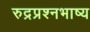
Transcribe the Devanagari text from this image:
रुद्रप्रश्नभाष्य